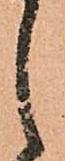
し